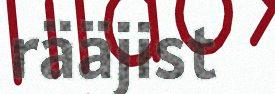
rääjist